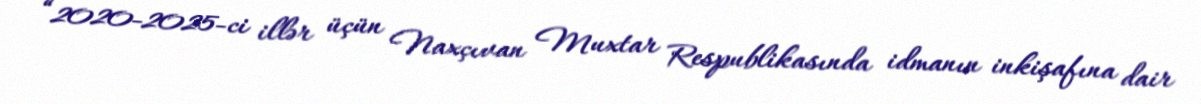
“2020-2025-ci illər üçün Naxçıvan Muxtar Respublikasında idmanın inkişafına dair